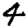
Digit: 4